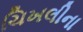
ચિખલીના